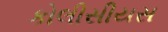
કોલીસીયસ